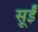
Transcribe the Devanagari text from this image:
सूईं